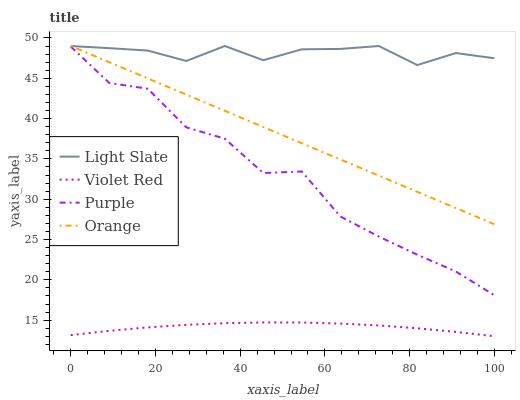
| xaxis_label | Light Slate | Violet Red | Purple | Orange |
 | --- | --- | --- | --- | --- |
 | 0 | 49 | 13.1 | 48.9 | 49 |
 | 9.09 | 48.7 | 13.7 | 44.4 | 47 |
 | 18.2 | 48.4 | 14.1 | 43.7 | 45 |
 | 27.3 | 47.1 | 14.4 | 38.9 | 43 |
 | 36.4 | 49 | 14.6 | 37.5 | 41 |
 | 45.5 | 47.2 | 14.7 | 33.2 | 39 |
 | 54.5 | 48.6 | 14.7 | 33.4 | 36.9 |
 | 63.6 | 48.6 | 14.6 | 27.9 | 34.9 |
 | 72.7 | 49 | 14.3 | 25.4 | 32.9 |
 | 81.8 | 46.6 | 14 | 23.1 | 30.9 |
 | 90.9 | 48.1 | 13.5 | 21 | 28.9 |
 | 100 | 47.5 | 13 | 18.1 | 26.9 |